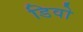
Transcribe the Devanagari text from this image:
डिवो